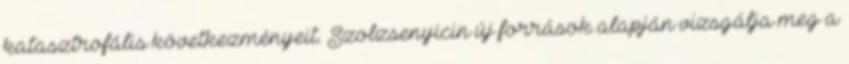
katasztrofális következményeit. Szolzsenyicin új források alapján vizsgálja meg a